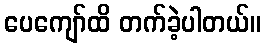
ပေကျော်ထိ တက်ခဲ့ပါတယ်။